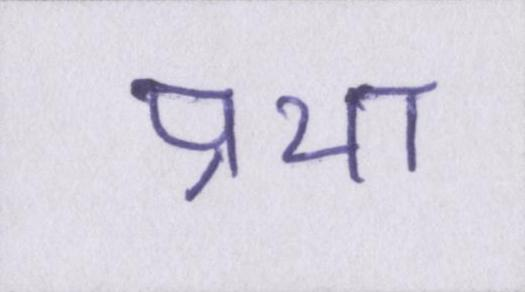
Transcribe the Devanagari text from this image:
प्रथा